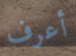
أعرف